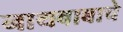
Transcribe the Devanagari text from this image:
नाथबाबाचे